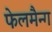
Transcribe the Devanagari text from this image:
फेलमैन्ग